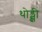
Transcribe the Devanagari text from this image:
थोड्क्षी